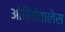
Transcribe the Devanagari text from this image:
ओरियेंतालेस